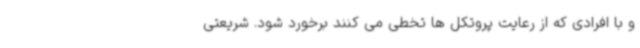
و با افرادی که از رعایت پروتکل ها تخطی می کنند برخورد شود. شریعتی